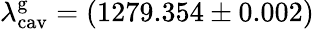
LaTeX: \lambda_{\mathrm{cav}}^{\mathrm{g}}=(1279.354\pm 0.002)